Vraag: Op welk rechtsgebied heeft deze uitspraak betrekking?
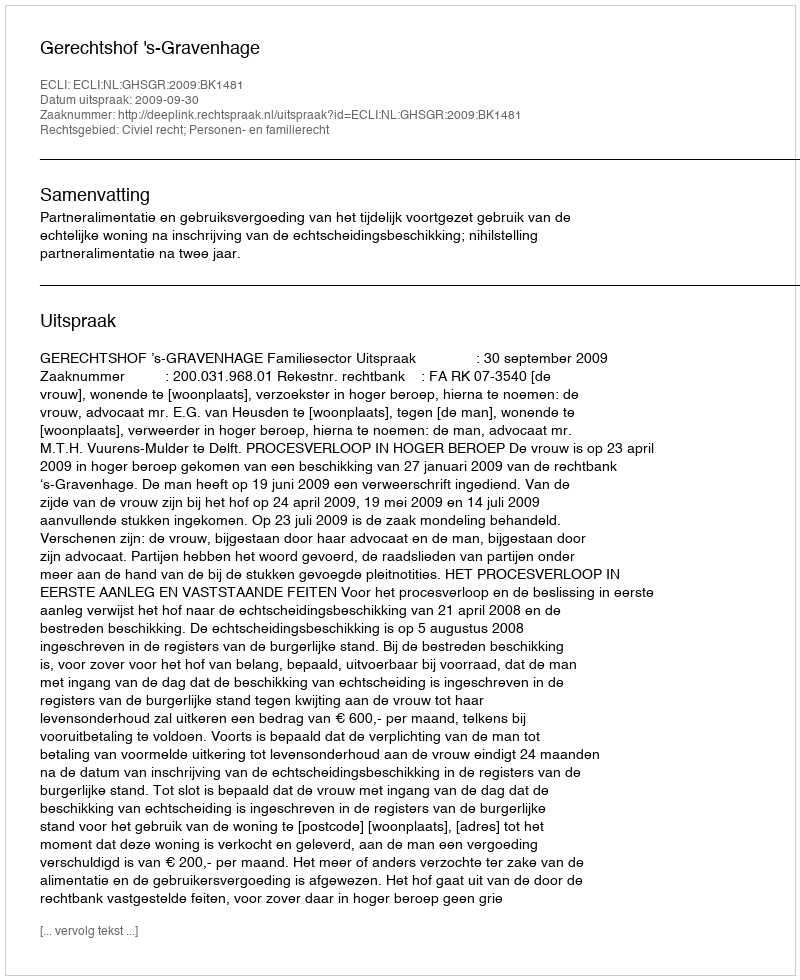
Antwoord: Civiel recht; Personen- en familierecht